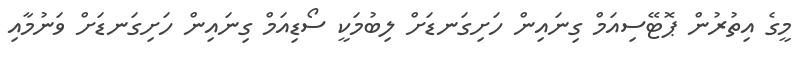
މީގެ އިތުރުން ޕޮޓޭސިއަމް ގިނައިން ހަށިގަނޑަށް ލިބުމަކީ ސޯޑިއަމް ގިނައިން ހަށިގަނޑަށް ވަނުމާއި